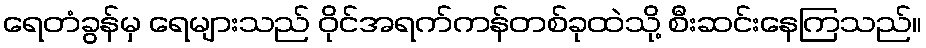
ရေတံခွန်မှ ရေများသည် ဝိုင်အရက်ကန်တစ်ခုထဲသို့ စီးဆင်းနေကြသည်။